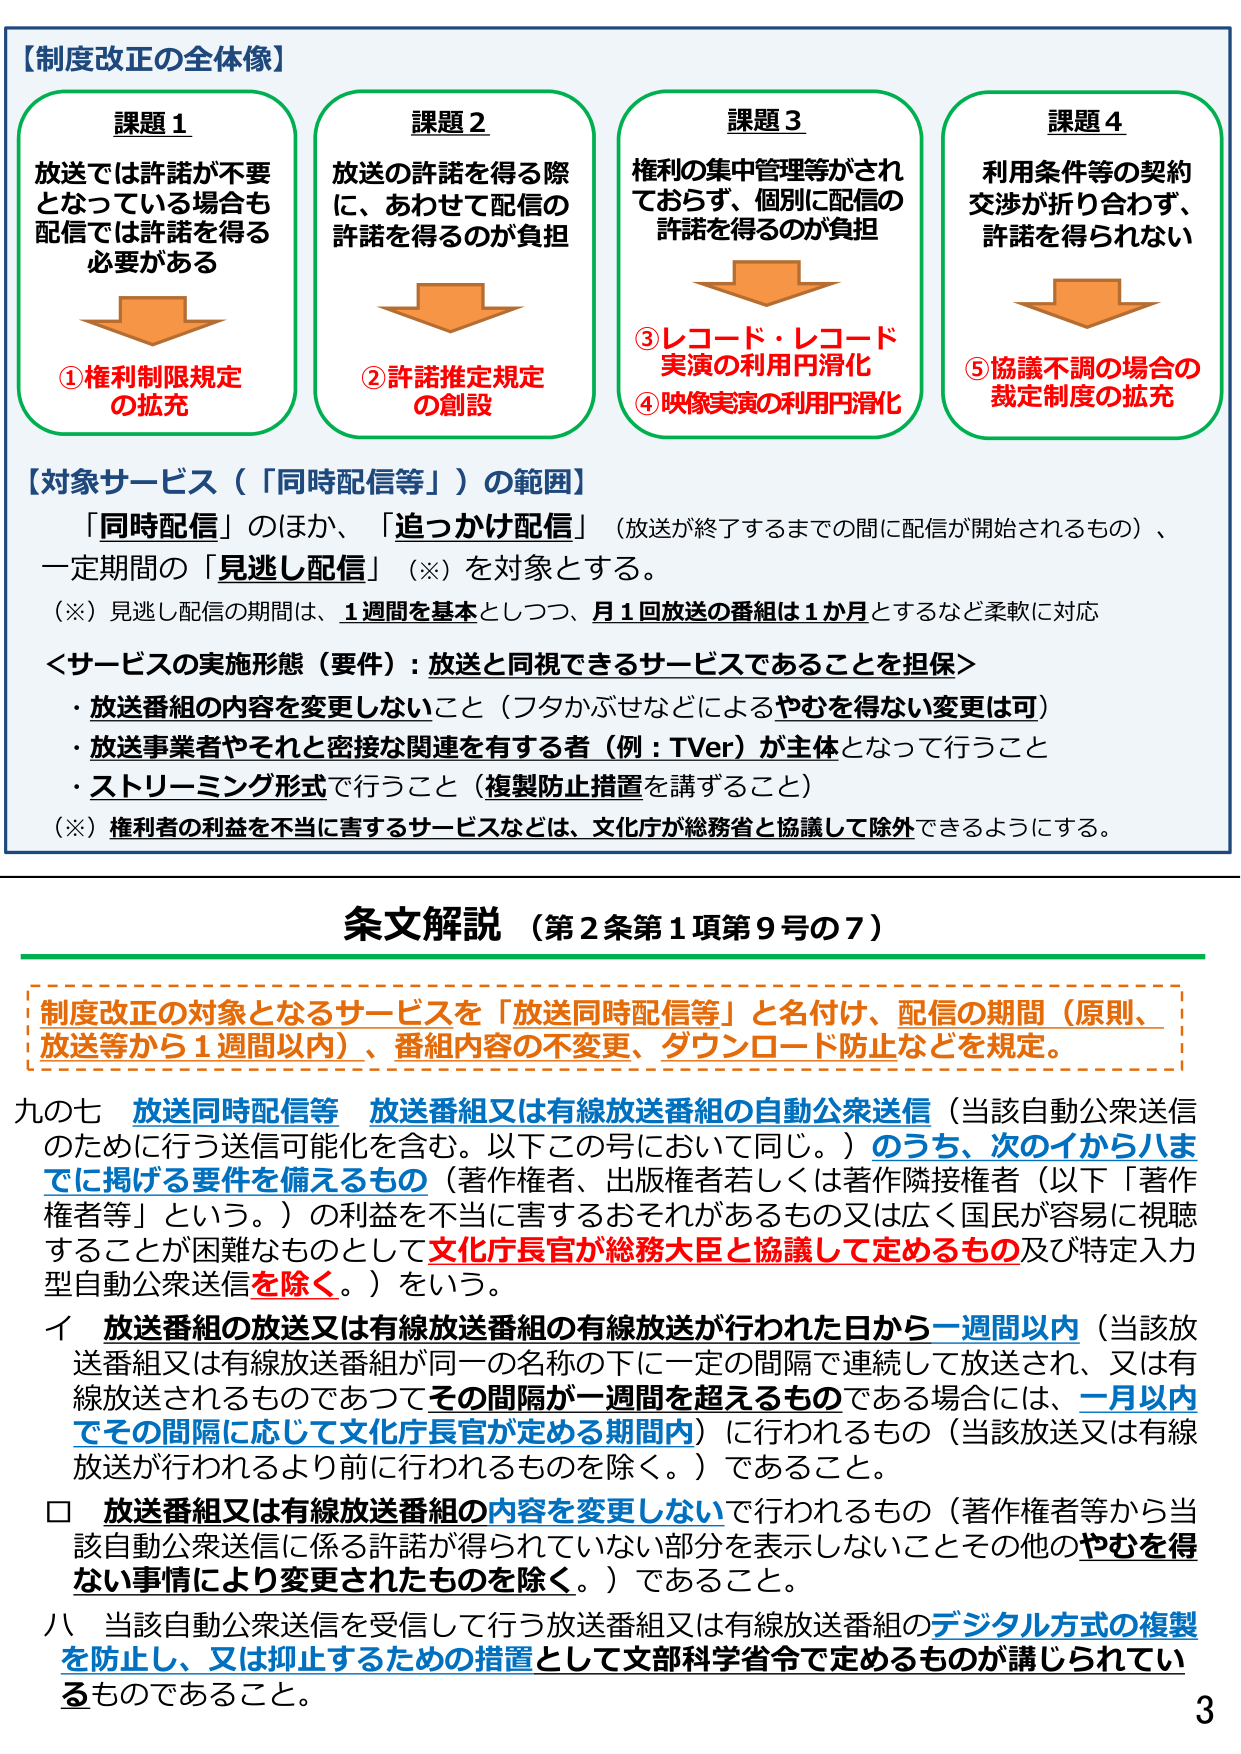
【制度改正の全体像】

課題１
放送では許諾が不要
となっている場合も
配信では許諾を得る
必要がある
↓
①権利制限規定
の拡充

課題２
放送の許諾を得る際
に、あわせて配信の
許諾を得るのが負担
↓
②許諾推定規定
の創設

課題３
権利の集中管理等がされ
ておらず、個別に配信の
許諾を得るのが負担
↓
③レコード・レコード
実演の利用円滑化
④映像実演の利用円滑化

課題４
利用条件等の契約
交渉が折り合わず、
許諾を得られない
↓
⑤協議不調の場合の
裁定制度の拡充

【対象サービス（「同時配信等」）の範囲】
「同時配信」のほか、「追っかけ配信」（放送が終了するまでの間に配信が開始されるもの）、
一定期間の「見逃し配信」（※）を対象とする。
（※）見逃し配信の期間は、1週間を基本としつつ、月1回放送の番組は1か月とするなど柔軟に対応

＜サービスの実施形態（要件）：放送と同視できるサービスであることを担保＞
・放送番組の内容を変更しないこと（フタかぶせなどによるやむを得ない変更は可）
・放送事業者やそれと密接な関連を有する者（例：TVer）が主体となって行うこと
・ストリーミング形式で行うこと（複製防止措置を講ずること）
（※）権利者の利益を不正に害するサービスなどは、文化庁が総務省と協議して除外できるようにする。

条文解説（第2条第1項第9号の7）

制度改正の対象となるサービスを「放送同時配信等」と名付け、配信の期間（原則、放送等から1週間以内）、番組内容の不変更、ダウンロード防止などを規定。

九の七 放送同時配信等 放送番組又は有線放送番組の自動公衆送信（当該自動公衆送信のために行う送信可能化を含む。以下この号において同じ。）のうち、次のイからハまでに掲げる要件を備えるもの（著作権者、出版権者若しくは著作隣接権者（以下「著作権者等」という。）の利益を不正に害するおそれがあるもの又は広く国民が容易に視聴することが困難なものとして文化庁長官が総務大臣と協議して定めるもの及び特定入力型自動公衆送信を除く。）をいう。

イ 放送番組の放送又は有線放送番組の有線放送が行われた日から一週間以内（当該放送番組又は有線放送番組が同一の名称の下に一定の間隔で連続して放送され、又は有線放送されるものであつてその間隔が一週間を超えるものである場合には、一月以内でその間隔に応じて文化庁長官が定める期間内）に行われるもの（当該放送又は有線放送が行われるより前に行われるものを除く。）であること。

□ 放送番組又は有線放送番組の内容を変更しないで行われるもの（著作権者等から当該自動公衆送信に係る許諾が得られていない部分を表示しないことその他のやむを得ない事情により変更されたものを除く。）であること。

ハ 当該自動公衆送信を受信して行う放送番組又は有線放送番組のデジタル方式の複製を防止し、又は抑止するための措置として文部科学省令で定めるものが講じられているものであること。

3